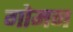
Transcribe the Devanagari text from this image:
गोमन